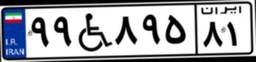
۹۹W۸۹۵۸۱